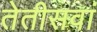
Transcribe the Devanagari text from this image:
तेतीसवां